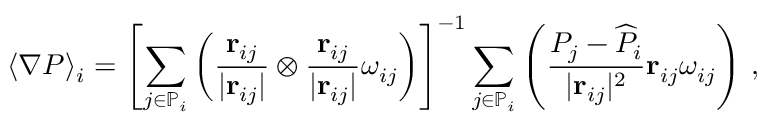
\langle \nabla P \rangle _ { i } = \left[ \sum _ { j \in \mathbb { P } _ { i } } \left( \frac { \mathbf { r } _ { i j } } { \vert \mathbf { r } _ { i j } \vert } \otimes \frac { \mathbf { r } _ { i j } } { \vert \mathbf { r } _ { i j } \vert } \omega _ { i j } \right) \right] ^ { - 1 } \sum _ { j \in \mathbb { P } _ { i } } \left( \frac { P _ { j } - \widehat { P } _ { i } } { \vert \mathbf { r } _ { i j } \vert ^ { 2 } } \mathbf { r } _ { i j } \omega _ { i j } \right) \, ,